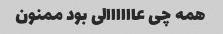
همه چی عاااااالی بود ممنون